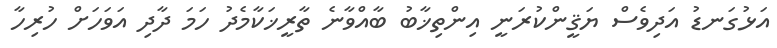
އަޅުގަނޑު އަދިވެސް ޔަޤީންކުރަނީ އިންތިޚާބު ބާއްވާނެ ތާރީޚަކާމެދު ހަމަ ދާދި އަވަހަށް ހުރިހާ